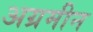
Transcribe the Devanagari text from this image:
अग्रमीन